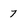
Character: 7